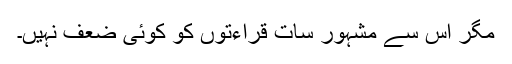
مگر اس سے مشہور سات قراءتوں کو کوئی ضعف نہیں۔